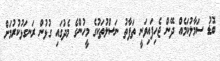
ބޮޑު ސަމާލުކަމެއް ދޭން ޖެހިފައިވަނީ ތަފާތު ނަސްލުތަކުގެ މީހުންގެ މެދުގައި ގުޅުން ރަނގަޅުކުރުމަށް